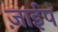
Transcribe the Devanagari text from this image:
ज़ाईप